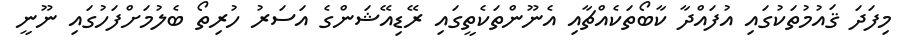
މިފަދަ ޤައުމުތަކުގައި އުފައްދާ ކާބޯތަކެއްޗާއި އެނޫންތަކެތީގައި ރޭޑިއޭޝަންގެ އަސަރު ހުރިތޯ ބެލުމަށްފަހުގައި ނޫނީ